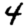
Digit: 4